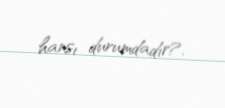
hansı durumdadır?.